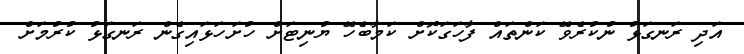
އަދި ރަނގަޅު ނުކުރެވޭ ކަންތައް ފާހަގަކޮށް ކަމާބެހޭ ޔުނިޓަށް ހުށަހަޅައިގެން ރަނގަޅު ކުރުމަށް